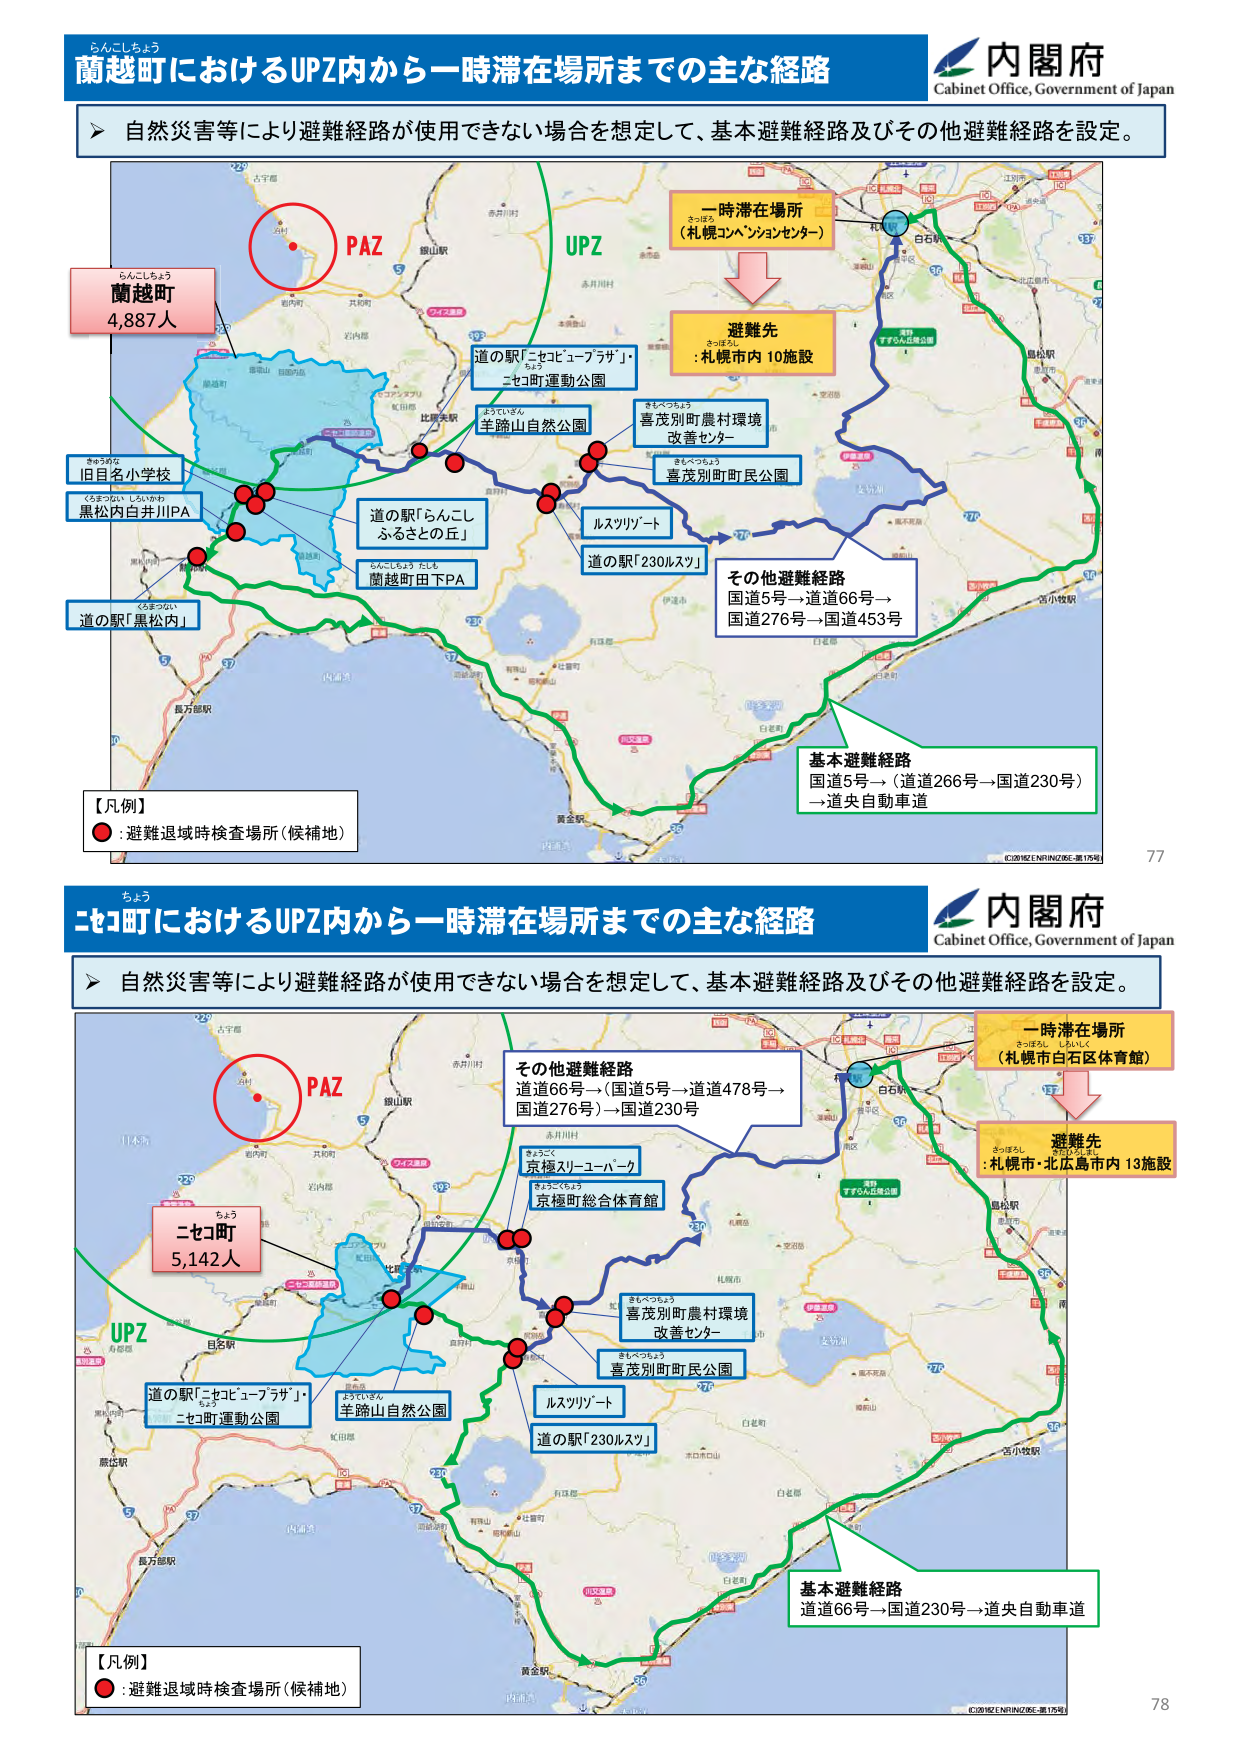
蘭越町におけるUPZ内から一時滞在場所までの主な経路
自然災害等により避難経路が使用できない場合を想定して、基本避難経路及びその他避難経路を設定。
内閣府
Cabinet Office, Government of Japan
PAZ
蘭越町
4,887人
らんこしちょう
旧目名小学校
黒松内白井川PA
道の駅「黒松内」
道の駅「らんこし ふるさとの丘」
蘭越町田下PA
道の駅「ニセコビュープラザ」・ニセコ町運動公園
羊蹄山自然公園
喜茂別町農村環境改善センター
喜茂別町町民公園
ルスツリゾート
道の駅「230ルスツ」
一時滞在場所
（札幌コンベンションセンター）
避難先
: 札幌市内 10施設
その他避難経路
国道5号→国道66号→国道276号→国道453号
基本避難経路
国道5号→（道道266号→国道230号）→道央自動車道
【凡例】
● : 避難退域時検査場所（候補地）
©20182 ENRANZ/26E-第175号
77

ニセコ町におけるUPZ内から一時滞在場所までの主な経路
自然災害等により避難経路が使用できない場合を想定して、基本避難経路及びその他避難経路を設定。
内閣府
Cabinet Office, Government of Japan
PAZ
ニセコ町
5,142人
ちょう
道の駅「ニセコビュープラザ」・ニセコ町運動公園
羊蹄山自然公園
京極スノーユーパーク
京極町総合体育館
喜茂別町農村環境改善センター
喜茂別町町民公園
ルスツリゾート
道の駅「230ルスツ」
一時滞在場所
（札幌市白石区体育館）
避難先
: 札幌市・北広島市内 13施設
その他避難経路
道道66号→（国道5号→道道478号→国道276号）→国道230号
基本避難経路
道道66号→国道230号→道央自動車道
【凡例】
● : 避難退域時検査場所（候補地）
©20182 ENRANZ/26E-第175号
78